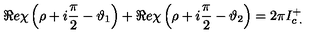
\Re e \chi \left( \rho + i \displaystyle \frac { \pi } { 2 } - \vartheta _ { 1 } \right) + \Re e \chi \left( \rho + i \displaystyle \frac { \pi } { 2 } - \vartheta _ { 2 } \right) = 2 \pi I _ { c \: . } ^ { + }